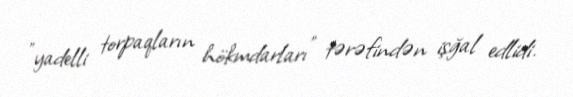
"yadelli torpaqların hökmdarları" tərəfindən işğal edlidi.